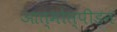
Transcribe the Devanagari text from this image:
आत्मोत्पीड़न